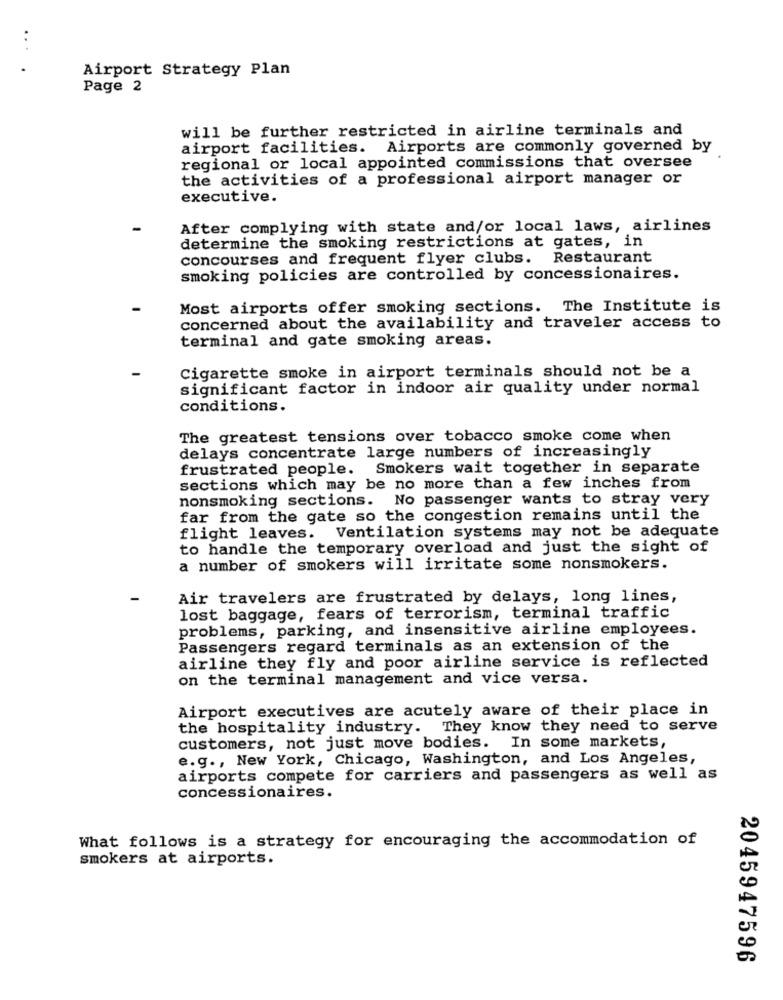
.. .
Airport Strategy Plan
Page 2
will be further restricted in airline terminals and
airport facilities. Airports are commonly governed by
regional or local appointed commissions that oversee
the activities of a professional airport manager or
executive.
After complying with state and/or local laws, airlines
determine the smoking restrictions at gates, in
concourses and frequent flyer clubs. Restaurant
smoking policies are controlled by concessionaires.
Most airports offer smoking sections. The Institute is
concerned about the availability and traveler access to
terminal and gate smoking areas.
Cigarette smoke in airport terminals should not be a
significant factor in indoor air quality under normal
conditions.
The greatest tensions over tobacco smoke come when
delays concentrate large numbers of increasingly
frustrated people. Smokers wait together in separate
sections which may be no more than a few inches from
nonsmoking sections. No passenger wants to stray very
far from the gate so the congestion remains until the
Ventilation systems may not be adequate
flight leaves.
to handle the temporary overload and just the sight of
a number of smokers will irritate some nonsmokers.
Air travelers are frustrated by delays, long lines,
lost baggage, fears of terrorism, terminal traffic
problems, parking, and insensitive airline employees.
Passengers regard terminals as an extension of the
airline they fly and poor airline service is reflected
on the terminal management and vice versa.
Airport executives are acutely aware of their place in
the hospitality industry. They know they need to serve
customers, not just move bodies. In some markets,
e.g ., New York, Chicago, Washington, and Los Angeles,
airports compete for carriers and passengers as well as
concessionaires.
What follows is a strategy for encouraging the accommodation of
smokers at airports.
2045947596